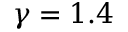
\gamma = 1 . 4